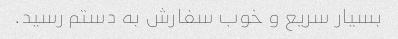
بسیار سریع و خوب سفارش به دستم رسید.